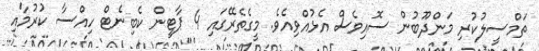
ތަމްސީލުކުރި މަންދޫބުން ސޮއިވެސް އެޅުއްވިއެވެ. މީގެތެރޭގައި 4 ޕާޓީން ކެބިނެޓް ހިއްސާ ކުރުމާއި